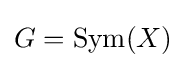
G=\operatorname {Sym} (X)